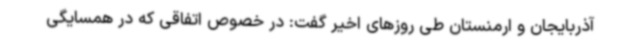
آذربایجان و ارمنستان طی روزهای اخیر گفت: در خصوص اتفاقی که در همسایگی